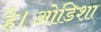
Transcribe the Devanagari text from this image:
है।ओडिशा